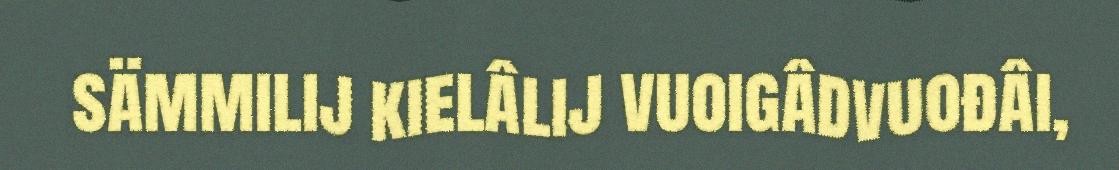
sämmilij kielâlij vuoigâdvuođâi,